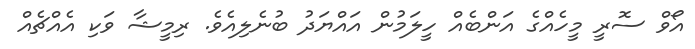
އޯވް ސޮރީ މީހެއްގެ އަންބެއް ހީލަމުން އައްޔަދު ބުނެލިއެވެ. ރިމީޝާ ވަކި އެއްޗެއް